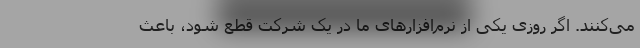
می‌کنند. اگر روزی یکی از نرم‌افزارهای ما در یک شرکت قطع شود، باعث